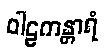
ဝါဠကန္တာရံ